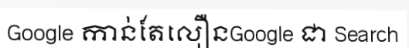
Google កាន់តែលឿនGoogle ជា Search